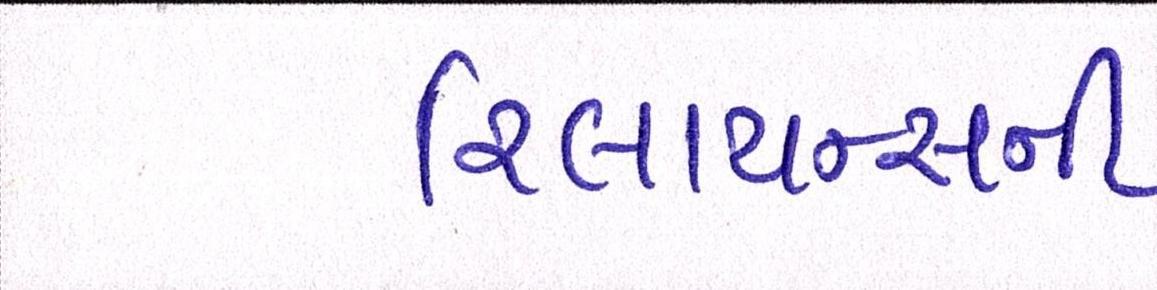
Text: રિલાયન્સની